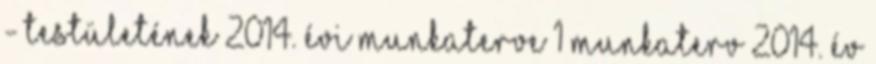
- TESTÜLETÉNEK 2014. ÉVI MUNKATERVE 1 MUNKATERV 2014. év